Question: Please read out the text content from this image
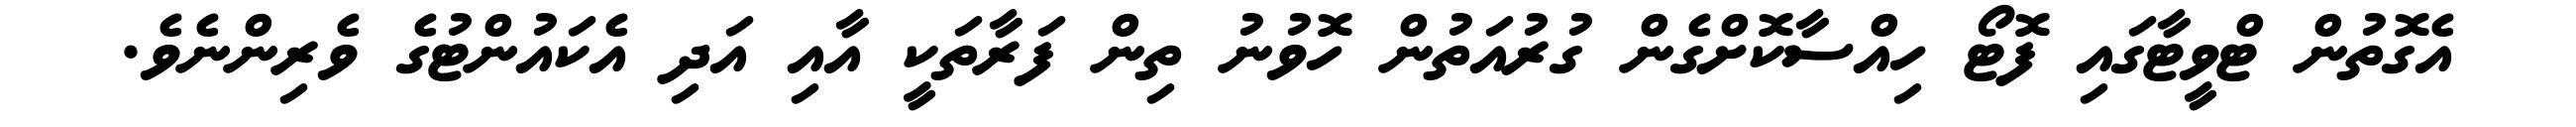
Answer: އެގޮތުން ޓްވީޓާގައި ފޮޓޯ ހިއްސާކޮށްގެން ގުރުއަތުން ހޮވުނު ތިން ފަރާތަކީ އާއި އަދި އެކައުންޓުގެ ވެރިންނެވެ.